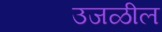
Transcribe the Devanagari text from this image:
उजळील